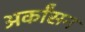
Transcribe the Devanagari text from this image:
अर्कांसन